Problem: 17 + 49 = ?
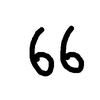
Handwritten answer: 66